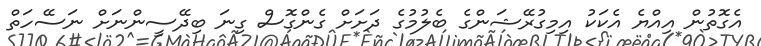
އެގޮތުން އިއްޔެ އެކަކު އިމިގުރޭޝަންގެ ބެލުމުގެ ދަށަށް ގެންގޮސް ގިނަ ބިދޭސީންނަށް ނަސޭހަތް